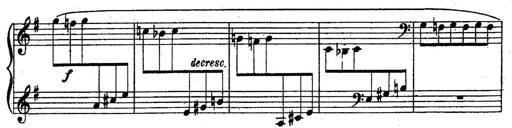
Title: Sonatine
Composer: Adrian Shaposhnikov
Key: E minor